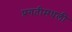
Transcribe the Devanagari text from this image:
प्रगतीमधली